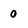
Character: 0